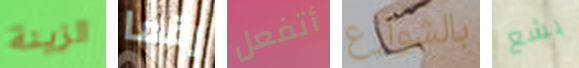
الزينة رقما أتفعل بالشوارع بشع